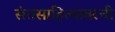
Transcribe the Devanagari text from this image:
संतसाहित्यावरची